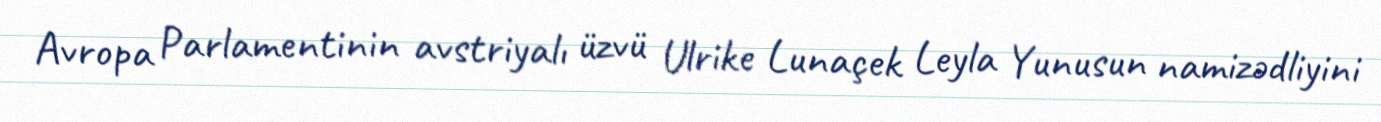
Avropa Parlamentinin avstriyalı üzvü Ulrike Lunaçek Leyla Yunusun namizədliyini